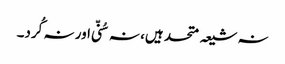
نہ شیعہ متحد ہیں، نہ سُنّی اور نہ کُرد۔